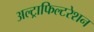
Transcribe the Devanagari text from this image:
अल्ट्राफिल्टरेशन